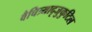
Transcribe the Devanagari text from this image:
वैचित्र्यादृजुकुटिल